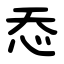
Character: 㤁